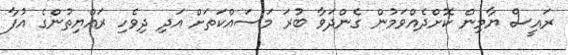
ރައީސް ޔާމިން ކޮށްދެއްވަމުން ގެންދަވާ ބުރަ މަސައްކަތަށް އަދި ދިވެހި ރައްޔިތުންގެ އުފާ